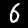
Label: 6